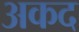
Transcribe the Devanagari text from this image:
अकद